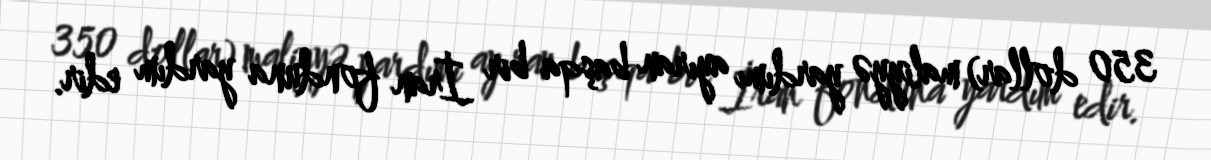
350 dollar) maliyyə yardımı ayıran başqa bir İran fonduna yardım edir.